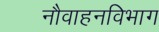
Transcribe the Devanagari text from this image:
नौवाहनविभाग